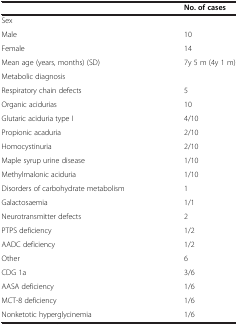
<table><thead><tr><td>[EMPTY_CELL]</td><td><b>No. of cases</b></td></tr></thead><tbody><tr><td>Sex</td><td>[EMPTY_CELL]</td></tr><tr><td>Male</td><td>10</td></tr><tr><td>Female</td><td>14</td></tr><tr><td>Mean age (years, months) (SD)</td><td>7y 5 m (4y 1 m)</td></tr><tr><td>Metabolic diagnosis</td><td>[EMPTY_CELL]</td></tr><tr><td>Respiratory chain defects</td><td>5</td></tr><tr><td>Organic acidurias</td><td>10</td></tr><tr><td>Glutaric aciduria type I</td><td>4/10</td></tr><tr><td>Propionic acaduria</td><td>2/10</td></tr><tr><td>Homocystinuria</td><td>2/10</td></tr><tr><td>Maple syrup urine disease</td><td>1/10</td></tr><tr><td>Methylmalonic aciduria</td><td>1/10</td></tr><tr><td>Disorders of carbohydrate metabolism</td><td>1</td></tr><tr><td>Galactosaemia</td><td>1/1</td></tr><tr><td>Neurotransmitter defects</td><td>2</td></tr><tr><td>PTPS deficiency</td><td>1/2</td></tr><tr><td>AADC deficiency</td><td>1/2</td></tr><tr><td>Other</td><td>6</td></tr><tr><td>CDG 1a</td><td>3/6</td></tr><tr><td>AASA deficiency</td><td>1/6</td></tr><tr><td>MCT-8 deficiency</td><td>1/6</td></tr><tr><td>Nonketotic hyperglycinemia</td><td>1/6</td></tr></tbody></table>